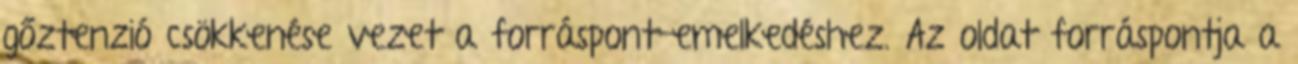
gőztenzió csökkenése vezet a forráspont-emelkedéshez. Az oldat forráspontja a